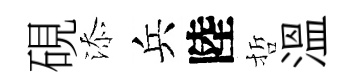
硯添兵陸哲溫